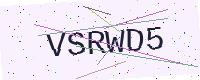
Text: VSRWD5